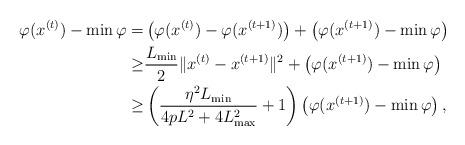
LaTeX: \begin{align*}\varphi(x^{(t)})-\min \varphi= &\left( \varphi(x^{(t)})- \varphi(x^{(t+1)})\right)+ \left(\varphi(x^{(t+1)})-\min \varphi\right)\\\geq &\frac{L_{\min}}{2}\|x^{(t)}-x^{(t+1)}\|^2 +\left(\varphi(x^{(t+1)})-\min \varphi\right)\\\geq &\left(\frac{\eta^2L_{\min}}{4pL^2+4L_{\max}^2}+1\right) \left(\varphi(x^{(t+1)})-\min \varphi\right),\end{align*}